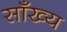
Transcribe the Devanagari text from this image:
साँख्य